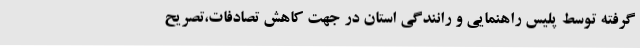
گرفته توسط پلیس راهنمایی و رانندگی استان در جهت کاهش تصادفات،تصریح